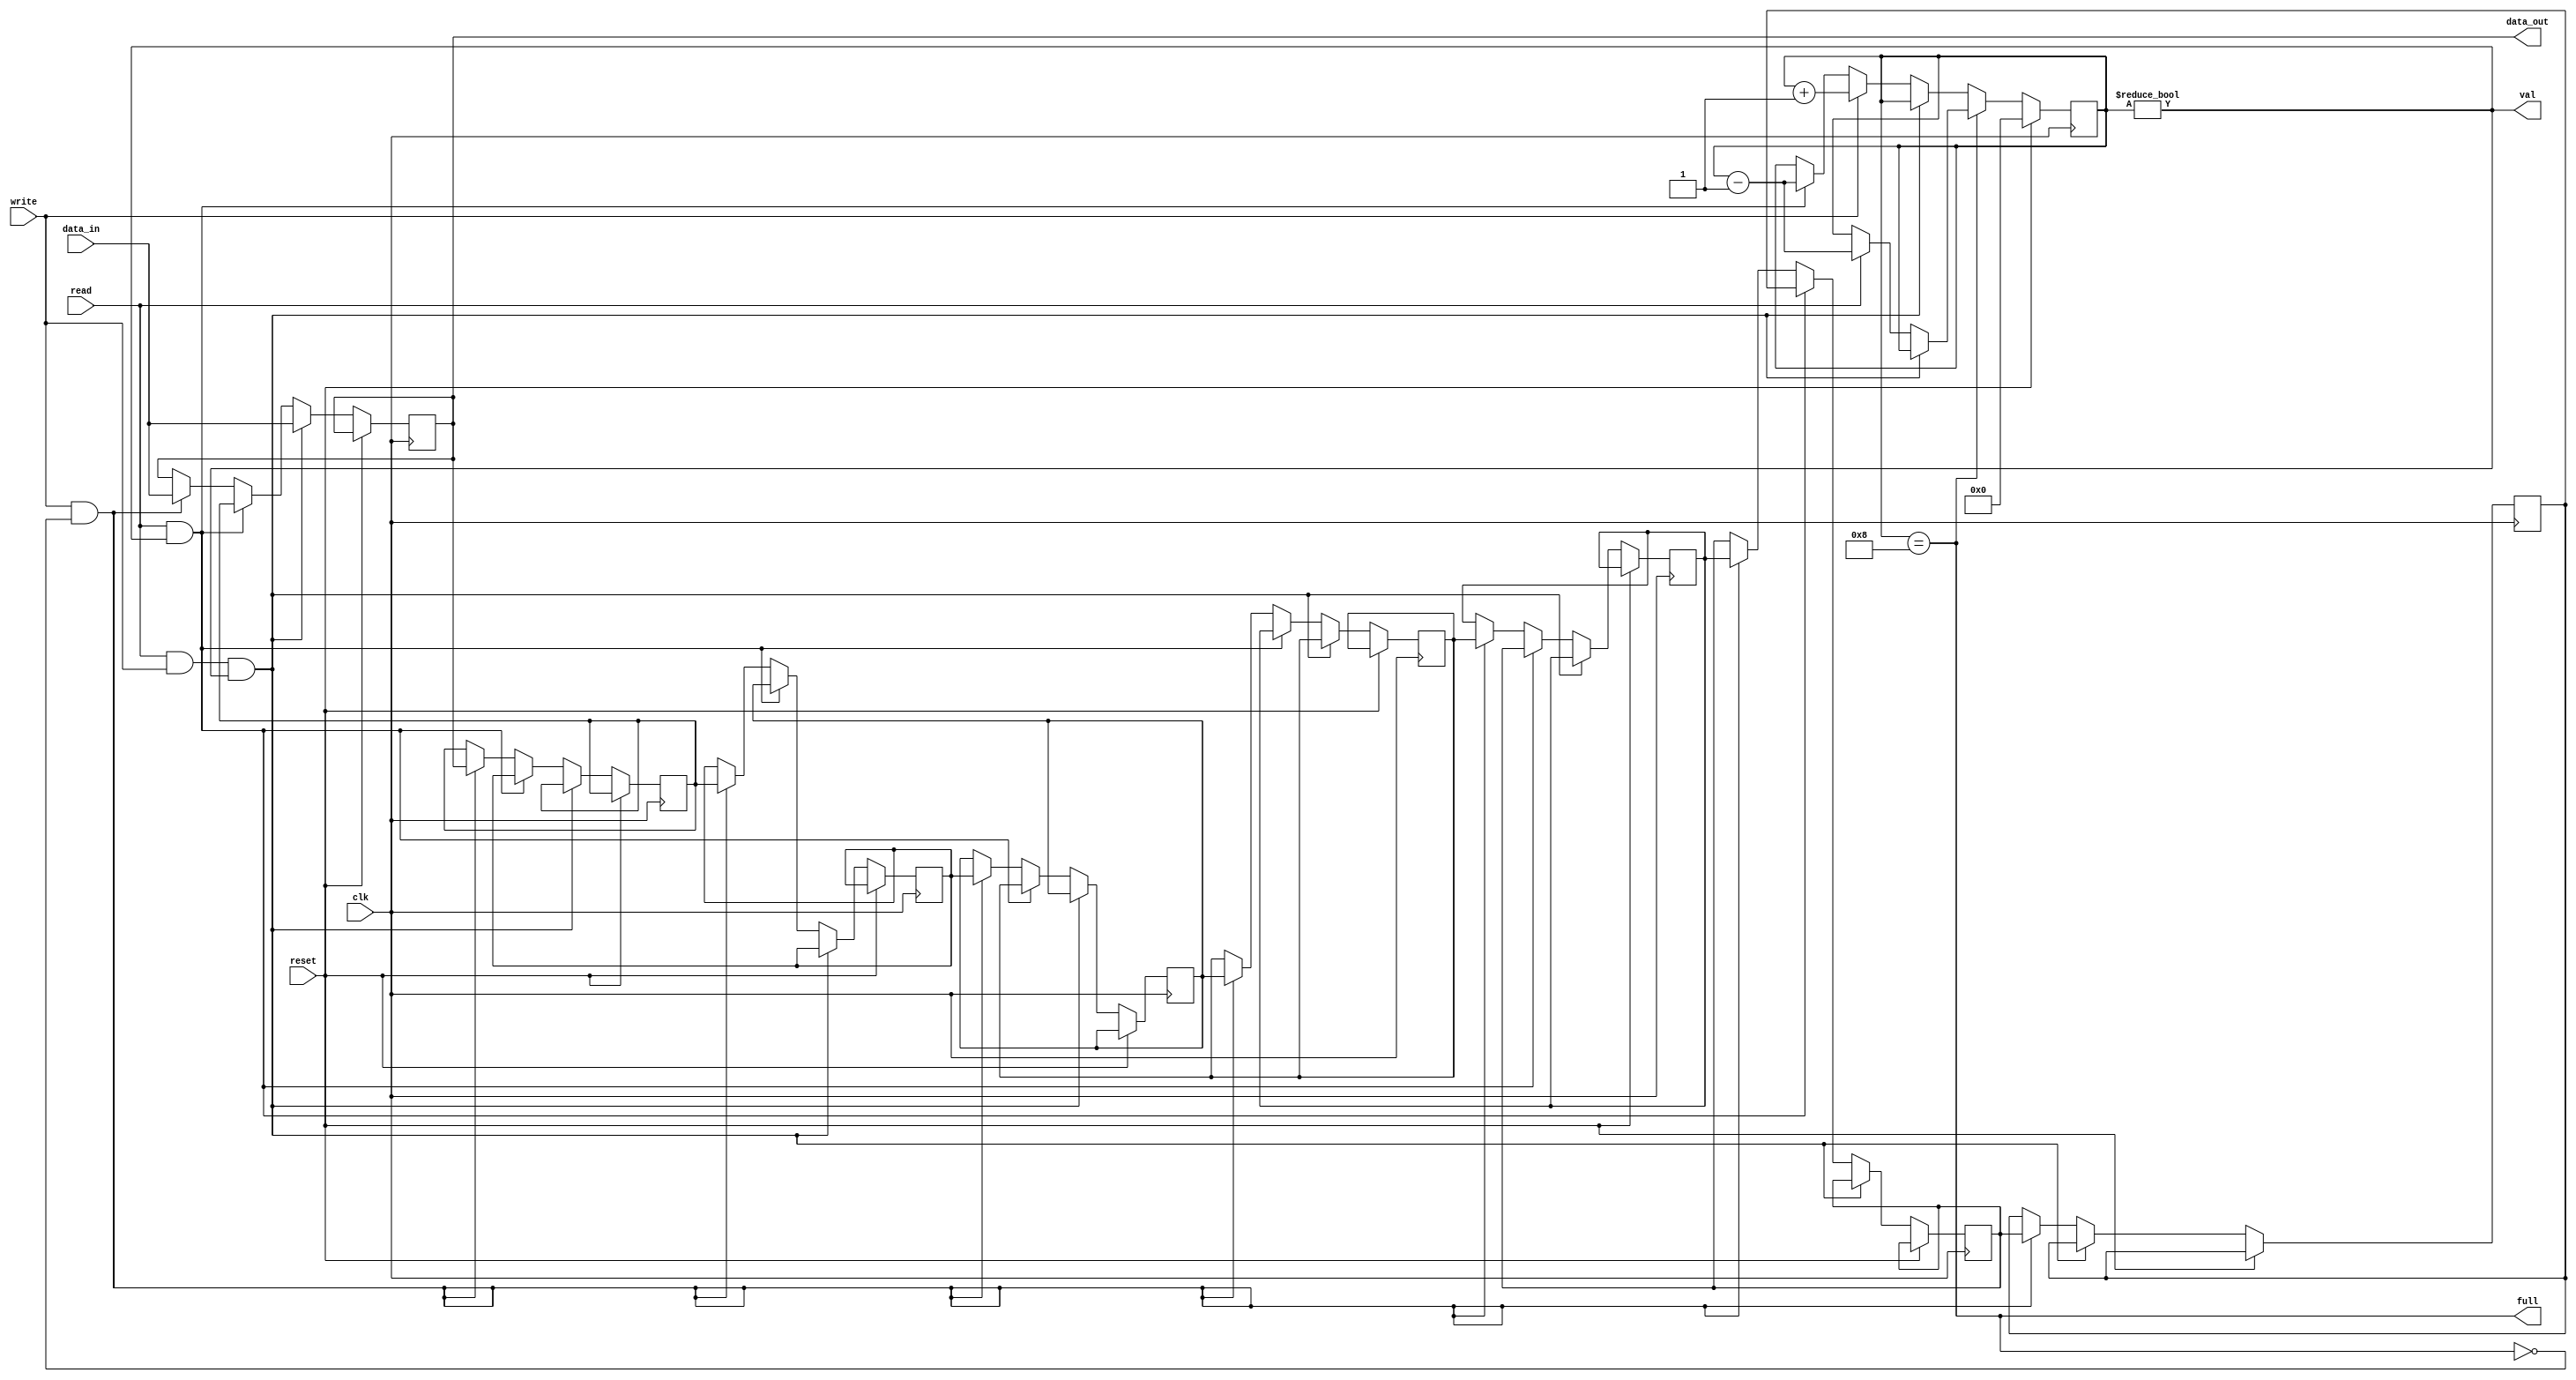
module LIFO_eth
#(
    parameter   DATA_W      =   8,
    parameter   LIFO_SIZE   =   8
)
(
        input  wire clk,
        input  wire reset,
        input  wire write,
        input  wire read,
        input  wire [DATA_W - 1:0] data_in,
        output wire [DATA_W - 1:0] data_out,
        output wire val,
        output wire full
);

reg [DATA_W         -1  :0] buffer [LIFO_SIZE - 1:0];
reg [$clog2(LIFO_SIZE)  :0] cntr;

genvar Gi;

wire    read_perm   =   read & val;
wire    write_perm  =   write&~full;
wire    rd_wr_perm  =   read & write & val;

always @(posedge clk)
if(reset)
    cntr    <=  'h0;
else begin
    if (full)
        cntr    <=  rd_wr_perm  ?   cntr        :
                    read        ?   cntr - 1'b1 :   cntr;
    else
        cntr    <=  rd_wr_perm  ?   cntr        :
                    write       ?   cntr + 1'b1 :
                    read_perm   ?   cntr - 1'b1 :   cntr;
end

assign  val         =   (cntr != 'h0);
assign  full        =   (cntr == LIFO_SIZE);
assign  data_out    =   buffer[0];

generate
for(Gi=0; Gi<LIFO_SIZE; Gi=Gi+1) begin: buffer_gen
    always @(posedge clk)
    if(~reset) begin
        if(Gi==0)
            buffer[0]   <=  rd_wr_perm  ? data_in       :
                            read_perm   ? buffer[1]     :
                            write_perm  ? data_in       :   buffer[0];
        else if (Gi != LIFO_SIZE-1)
            buffer[Gi]  <=  rd_wr_perm  ? buffer[Gi]    :
                            read_perm   ? buffer[Gi+1]  :
                            write_perm  ? buffer[Gi-1]  :   buffer[Gi];
        else // Gi == LIFO_SIZE-1
            buffer[Gi]  <=  rd_wr_perm  ? buffer[Gi]    :
                            write_perm  ? buffer[Gi-1]  :   buffer[Gi];
    end
end      
endgenerate

endmodule